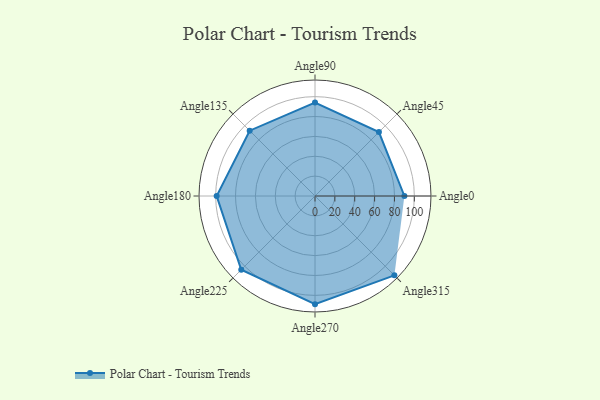
{"axis": {"x": "Angle", "y": "Radius"}, "legend": [""], "data": [{"x": "Angle0", "y": 90.0, "type": ""}, {"x": "Angle45", "y": 91.0, "type": ""}, {"x": "Angle90", "y": 94.0, "type": ""}, {"x": "Angle135", "y": 93.0, "type": ""}, {"x": "Angle180", "y": 99.0, "type": ""}, {"x": "Angle225", "y": 105.0, "type": ""}, {"x": "Angle270", "y": 109.0, "type": ""}, {"x": "Angle315", "y": 113.0, "type": ""}]}